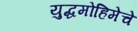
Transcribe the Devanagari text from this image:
युद्धमोहिमेचे